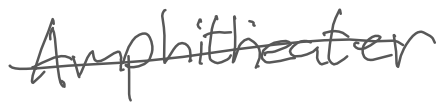
Text: Amphitheater
Cross-out: single-line
Writing tool: digital_gray